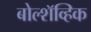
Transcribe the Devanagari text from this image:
बोल्शॅव्हिक